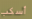
أسكب